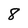
Character: 8